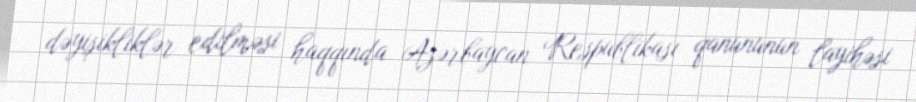
dəyişikliklər edilməsi haqqında Azərbaycan Respublikası qanununun layihəsi